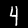
Digit: 4